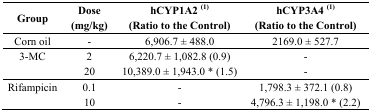
<table><thead><tr><td><b>Group</b></td><td><b>Dose (mg/kg)</b></td><td><b>hCYP1A2 (1) (Ratio to the Control)</b></td><td><b>hCYP3A4 (1) (Ratio to the Control)</b></td></tr></thead><tbody><tr><td>Corn oil</td><td>-</td><td>6,906.7 ± 488.0</td><td>2169.0 ± 527.7</td></tr><tr><td rowspan="2">3-MC</td><td>2</td><td>6,220.7 ± 1,082.8 (0.9)</td><td>-</td></tr><tr><td>20</td><td>10,389.0 ± 1,943.0 * (1.5)</td><td>-</td></tr><tr><td rowspan="2">Rifampicin</td><td>0.1</td><td>-</td><td>1,798.3 ± 372.1 (0.8)</td></tr><tr><td>10</td><td>-</td><td>4,796.3 ± 1,198.0 * (2.2)</td></tr></tbody></table>